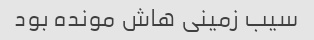
سیب زمینی هاش مونده بود